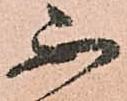
不